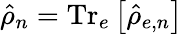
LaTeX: \hat{\rho}_{n}=\mathrm{Tr}_{e}\left[\hat{\rho}_{e,n}\right]